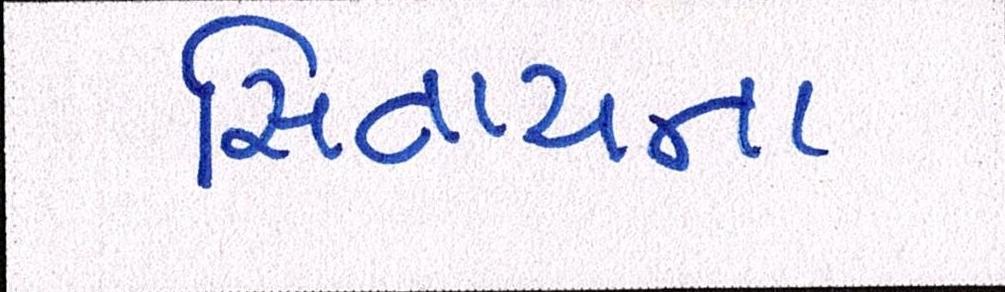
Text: સિવાયના